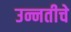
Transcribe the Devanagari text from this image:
उन्नतीचे